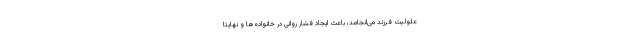
علولیت فرزند می‌انجامد، باعث ایجاد فشار روانی در خانواده‌ها و نهایتا